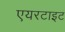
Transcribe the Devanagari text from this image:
एयरटाइट